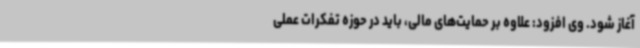
آغاز شود. وی افزود: علاوه بر حمایت‌های مالی، باید در حوزه تفکرات عملی